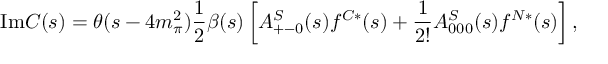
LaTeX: \mathrm { I m } C ( s ) = \theta ( s - 4 m _ { \pi } ^ { 2 } ) { \frac { 1 } { 2 } } \beta ( s ) \left[ A _ { + - 0 } ^ { S } ( s ) f ^ { C * } ( s ) + { \frac { 1 } { 2 ! } } A _ { 0 0 0 } ^ { S } ( s ) f ^ { N * } ( s ) \right] ,